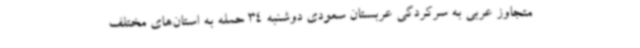
متجاوز عربی به سرکردگی عربستان سعودی دوشنبه 34 حمله به استان‌های مختلف